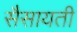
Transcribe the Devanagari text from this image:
सैसायती